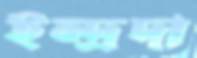
ইন্দ্রদা